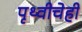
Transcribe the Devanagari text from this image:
पृथ्वीचेही